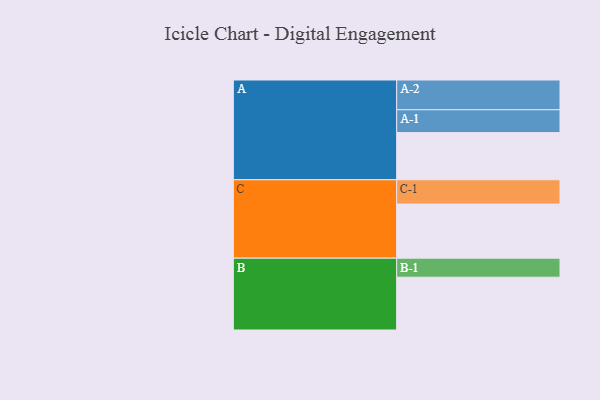
{"axis": {"x": "Segment", "y": "Value"}, "legend": ["", "A", "B", "C"], "data": [{"x": "A", "y": 436, "type": ""}, {"x": "B", "y": 488, "type": ""}, {"x": "C", "y": 500, "type": ""}, {"x": "A-1", "y": 211, "type": "A"}, {"x": "A-2", "y": 275, "type": "A"}, {"x": "B-1", "y": 176, "type": "B"}, {"x": "C-1", "y": 225, "type": "C"}]}